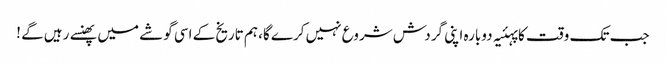
جب تک وقت کا پہئیہ دوبارہ اپنی گردش شروع نہیں کرے گا، ہم تاریخ کے اسی گوشے میں پھنسے رہیں گے !